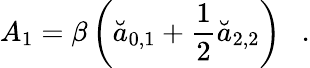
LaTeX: A_{1}=\beta\left(\breve{a}_{0,1}+\frac 12\breve{a}_{2,2}\right)~~~.